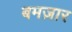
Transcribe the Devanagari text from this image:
बमज़ार